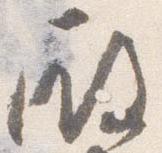
殿